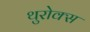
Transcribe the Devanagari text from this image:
थुरोक्स